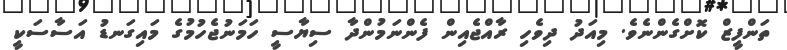
ތަންފީޒް ކޮށްގެންނެވެ. މިއަދު ދިވެހި ރާއްޖެއިން ފެންނަމުންދާ ސިޔާސީ ހަމަނުޖެހުމުގެ މައިގަނޑު އަސާސަކީ